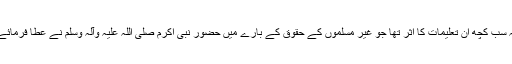
یہ سب کچھ ان تعلیمات کا اثر تھا جو غیر مسلموں کے حقوق کے بارے میں حضور نبی اکرم صلی اللہ علیہ وآلہ وسلم نے عطا فرمائے۔